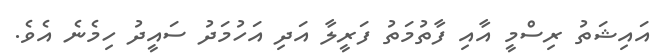
އައިޝަތު ރިސްމީ އާއި ފާތުމަތު ފަރީލާ އަދި އަހުމަދު ސައީދު ހިމެނެ އެވެ.